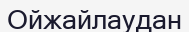
Ойжайлаудан